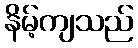
နိမ့်ကျသည်